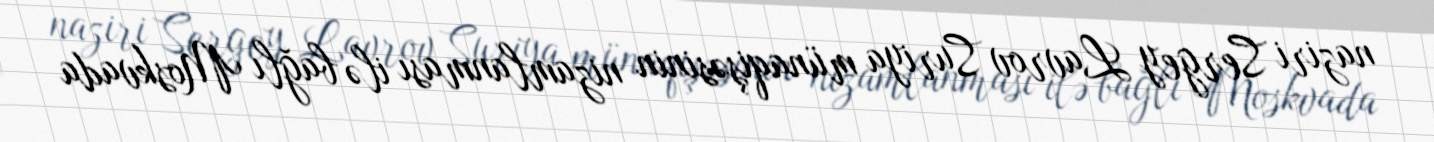
naziri Sergey Lavrov Suriya münaqişəsinin nizamlanması ilə bağlı Moskvada